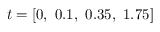
t = [ 0 , \ 0 . 1 , \ 0 . 3 5 , \ 1 . 7 5 ]